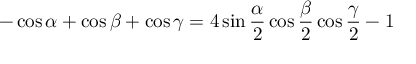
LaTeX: - \cos \alpha + \cos \beta + \cos \gamma = 4 \sin { \frac { \alpha } { 2 } } \cos { \frac { \beta } { 2 } } \cos { \frac { \gamma } { 2 } } - 1